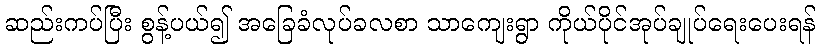
ဆည်းကပ်ပြီး စွန့်ပယ်၍ အခြေခံလုပ်ခလစာ သာကျေးရွာ ကိုယ်ပိုင်အုပ်ချုပ်ရေးပေးရန်